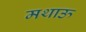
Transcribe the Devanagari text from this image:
मथाऊ